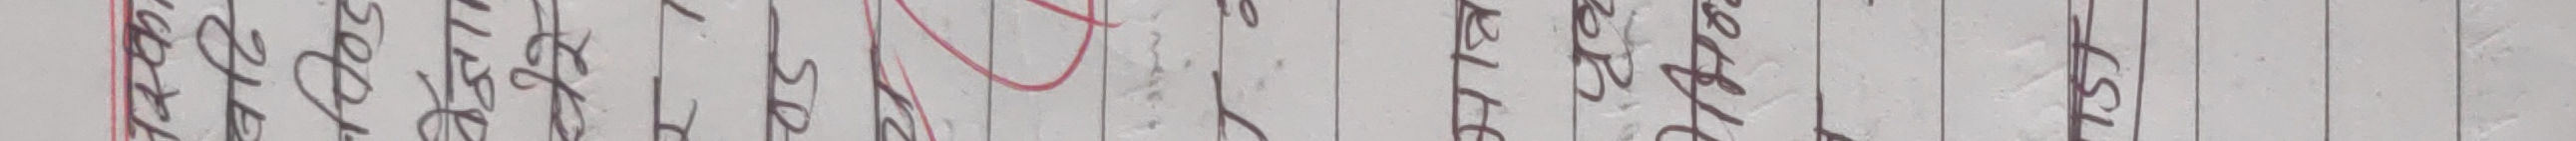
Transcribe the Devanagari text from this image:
अभिलेख सरेवर